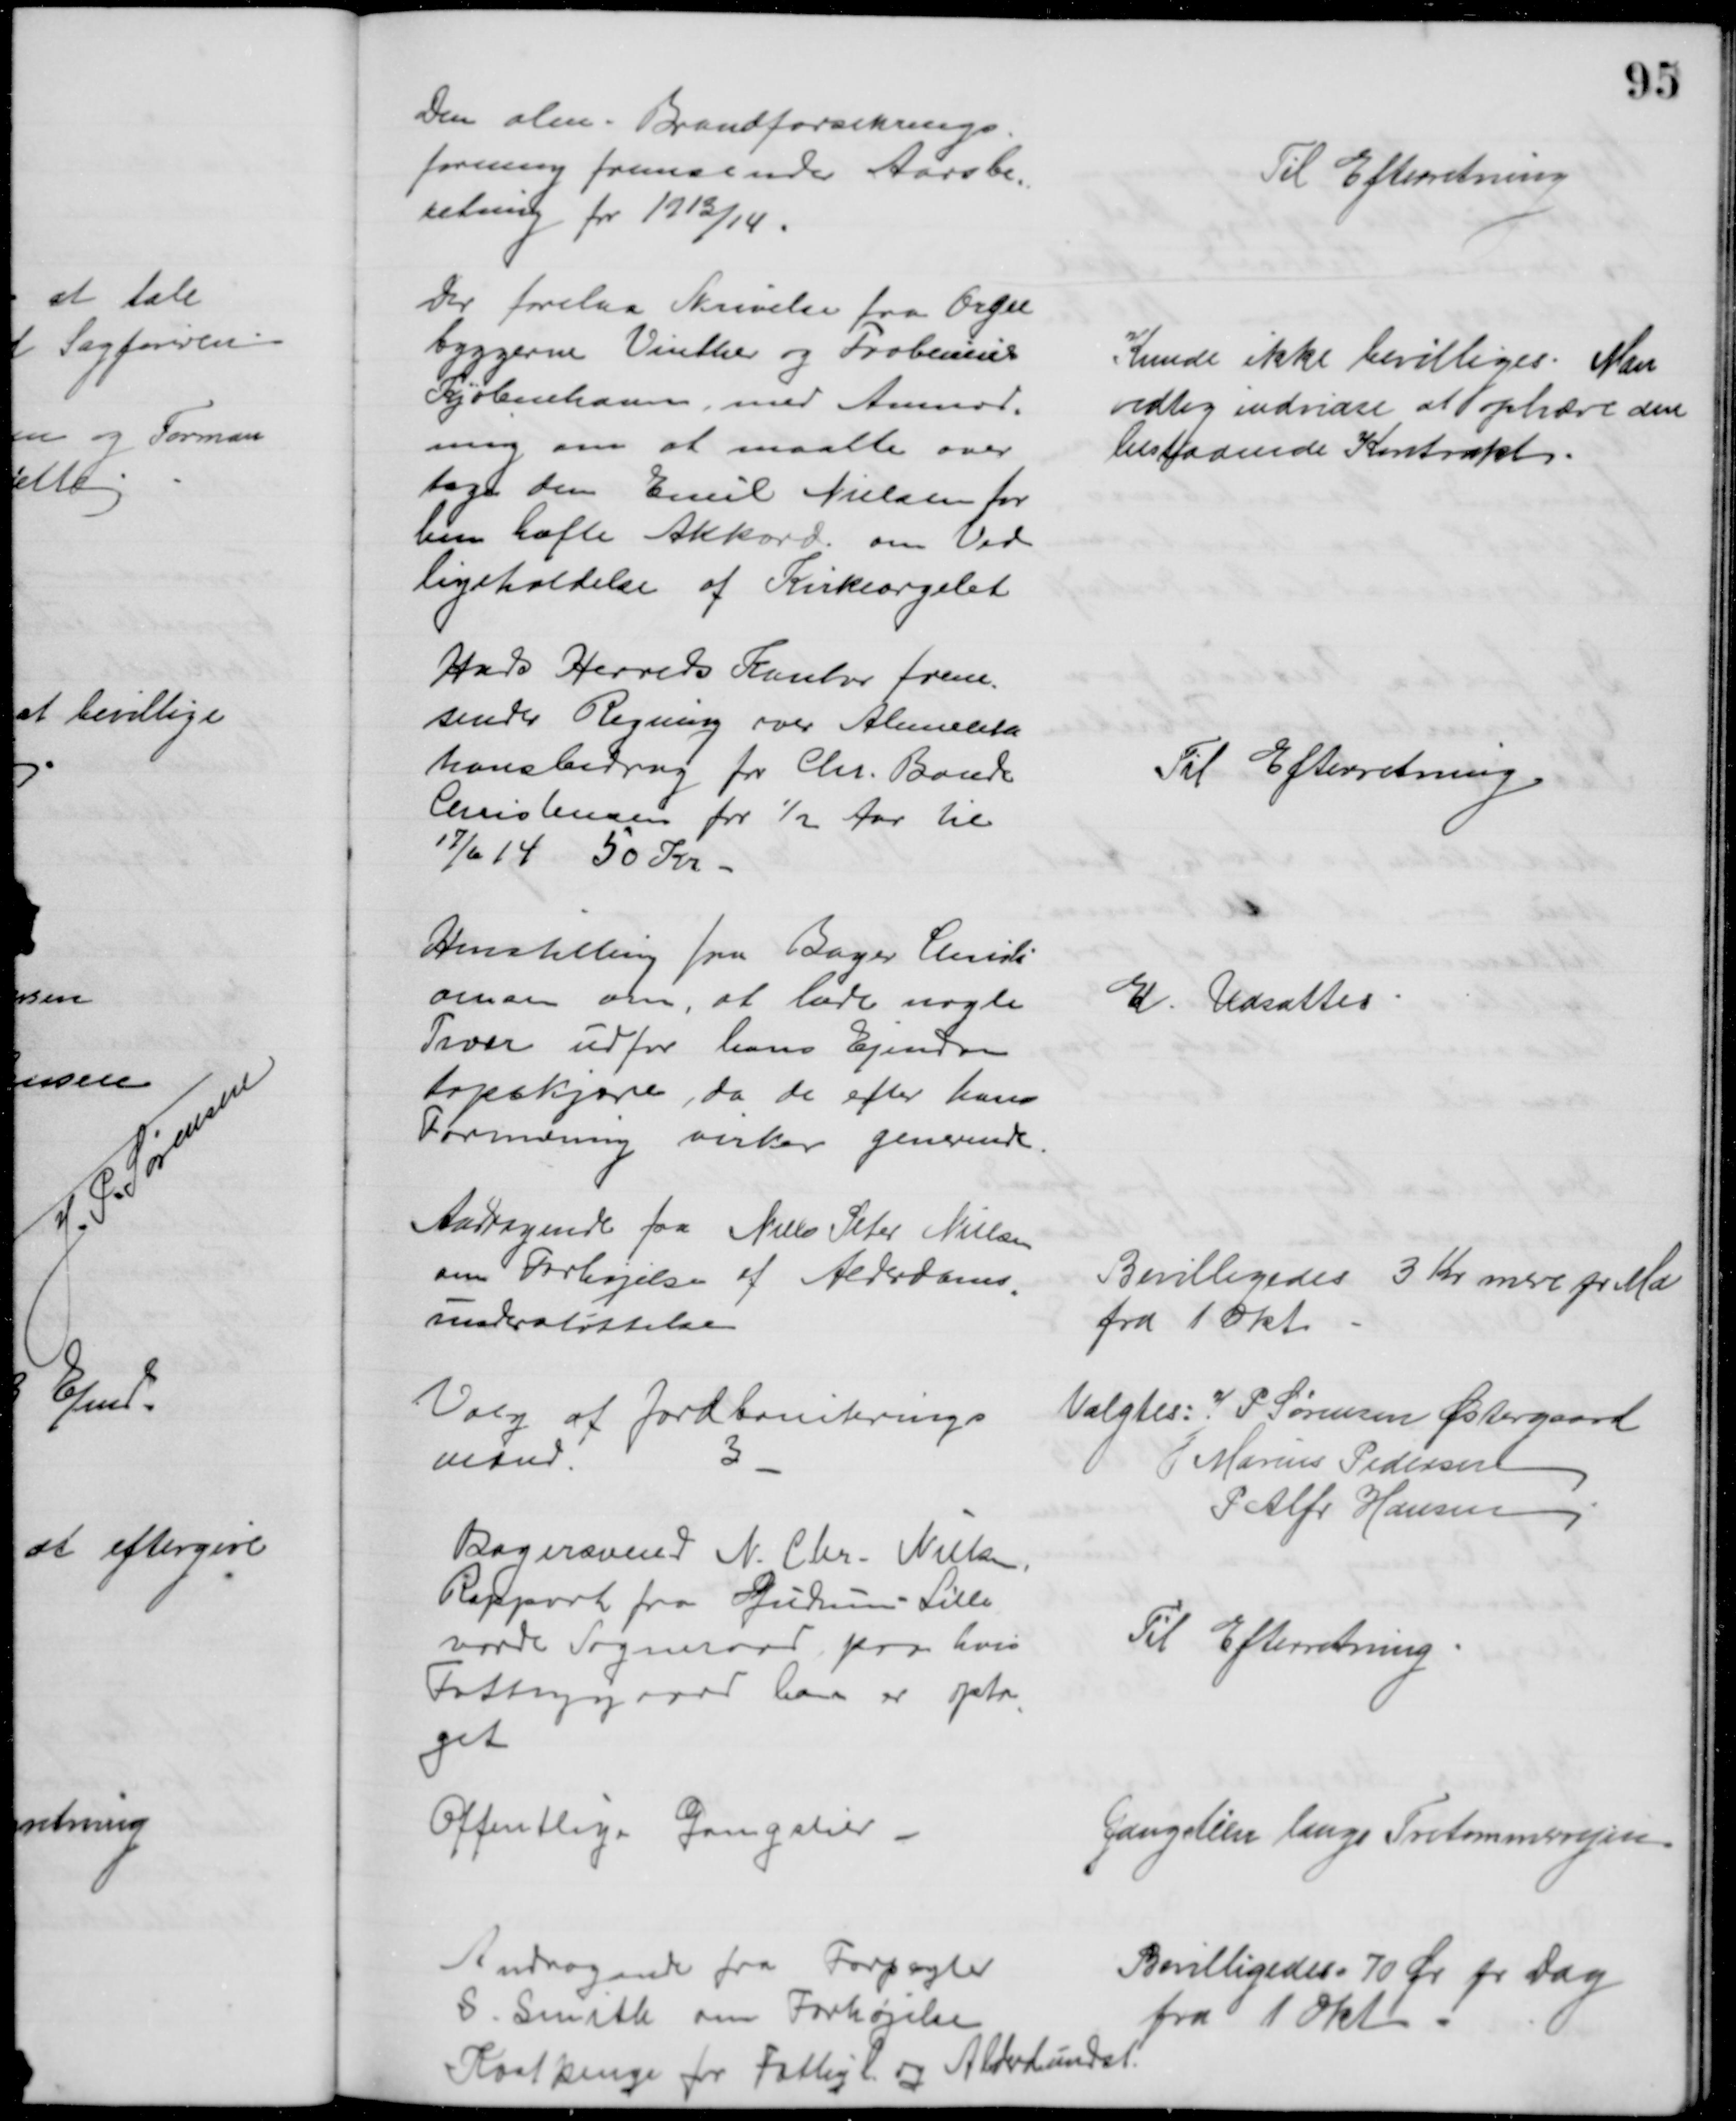
Transskription:
Den alm. Brandforsikrings-
forening fremsender Aarsbe=
retning for 1913/14.
Til Efterretning
Der forelaa Skrivelse fra Orgel
byggerne Vinther og Frobenius
Kjøbenhavn, med Anmod=
ning om at maatte over
tage den Emil Nielsen for
hen hafte Akkord om Ved
ligeholdelse af Kirkeorgelet
Kunde ikke bevilliges. Man
vedtog indvidre at ophæve den 
bestaaende Kontrakt
Hads Herreds Kontor frem-
sender Regning over Alimenta
tionsbidrag for Chr. Bonde
Christensen for ½ Aar til
17/6 14 50 Kr
Til Efterretning
Henstilling fra Bager Christi
ansen om, at lade nogle
Træer udfor hans Ejendom
topskjære, da de efter hans
Formening virker generende
E. Udsattes
Andragende fra Niels Peter Nielsen
om Forhøjelse af Alderdoms
=
understøttelse
Bevilligedes 3 Kr. mere pr. Md
fra 1 Okt
Valg af Jordboniterings
mænd
3
Valgtes: J P. Sørensen Østergaard
Marius Pedersen
P Alfr Hansen
Bagersvend N. Chr. Nielsen,
Rapport fra Gudum Lille
vorde Sogneraad paa hvis
Fattiggaard han er opta
=
get
Til Efterretning
Offentlige Gangstier
Gangstien langs Tretommervejen
Andragende fra Forpagter
S. Smith om Forhøjelse
Kostpenge for Fattigl. og Alderd.undst.
Bevilligedes 70 Øre pr Dag
fra 1 Okt